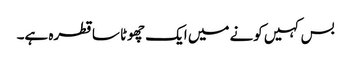
بس کہیں کونے میں ایک چھوٹا سا قطرہ ہے۔